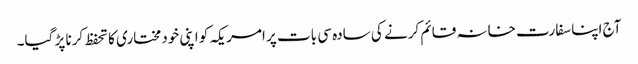
آج اپنا سفارت خانہ قائم کرنے کی سادہ سی بات پر امریکہ کو اپنی خودمختاری کا تحفظ کرنا پڑ گیا۔